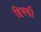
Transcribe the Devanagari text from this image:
हिक्‍की